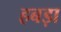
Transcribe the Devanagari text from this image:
हबड़ा